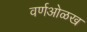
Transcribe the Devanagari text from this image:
वर्णओळख